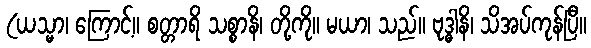
(ယသ္မာ၊ ကြောင့်။ စတ္တာရိ သစ္စာနိ၊ တို့ကို။ မယာ၊ သည်။ ဗုဒ္ဓါနိ၊ သိအပ်ကုန်ပြီ။